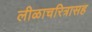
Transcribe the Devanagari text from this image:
लीळाचरित्रासह